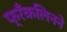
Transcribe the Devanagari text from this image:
फ्रँकलिनने